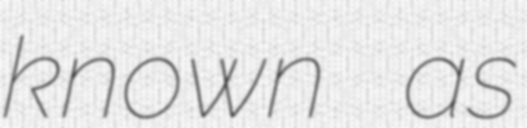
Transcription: known as